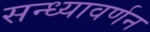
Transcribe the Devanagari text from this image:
सन्ध्यावर्णन